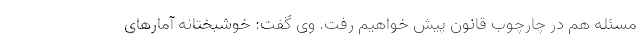
مسئله هم در چارچوب قانون پیش خواهیم رفت. وی گفت: خوشبختانه آمارهای